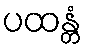
ပထန္တံ